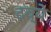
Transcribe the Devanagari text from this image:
दव्ये